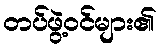
တပ်ဖွဲ့ဝင်များ၏